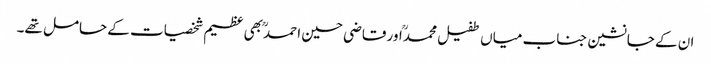
ان کے جانشین جناب میاں طفیل محمدؒ اور قاضی حسین احمدؒ بھی عظیم شخصیات کے حامل تھے۔